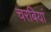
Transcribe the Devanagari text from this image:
चरबियां